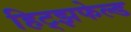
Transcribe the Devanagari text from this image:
हिट्झफेल्ड